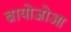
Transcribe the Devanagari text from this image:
ब्रायोजोआ